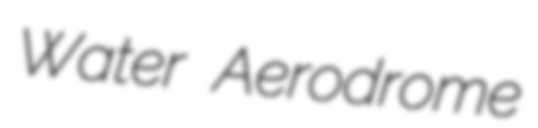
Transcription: Water Aerodrome